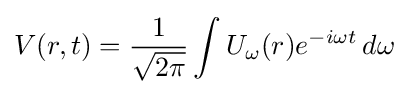
V(r,t)={\frac {1}{\sqrt {2\pi }}}\int U_{\omega }(r)e^{-i\omega t}\,d\omega